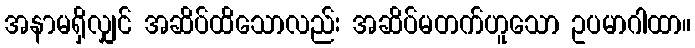
အနာမရှိလျှင် အဆိပ်ထိသောလည်း အဆိပ်မတက်ဟူသော ဥပမာဂါထာ။